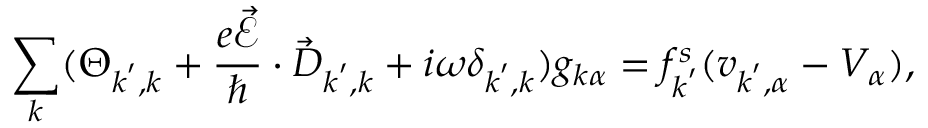
\sum _ { \boldsymbol { k } } ( \Theta _ { \boldsymbol { k } ^ { \prime } , \boldsymbol { k } } + \frac { e \vec { \mathcal { E } } } { \hbar } \cdot \vec { D } _ { \boldsymbol { k } ^ { \prime } , \boldsymbol { k } } + i \omega \delta _ { \boldsymbol { k } ^ { \prime } , \boldsymbol { k } } ) g _ { \boldsymbol { k } \alpha } = f _ { \boldsymbol { k } ^ { \prime } } ^ { s } ( v _ { \boldsymbol { k } ^ { \prime } , \alpha } - V _ { \alpha } ) ,